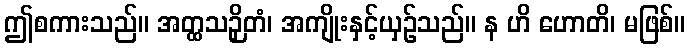
ဤစကားသည်။ အတ္ထသဉှိတံ၊ အကျိုးနှင့်ယှဉ်သည်။ န ဟိ ဟောတိ၊ မဖြစ်။